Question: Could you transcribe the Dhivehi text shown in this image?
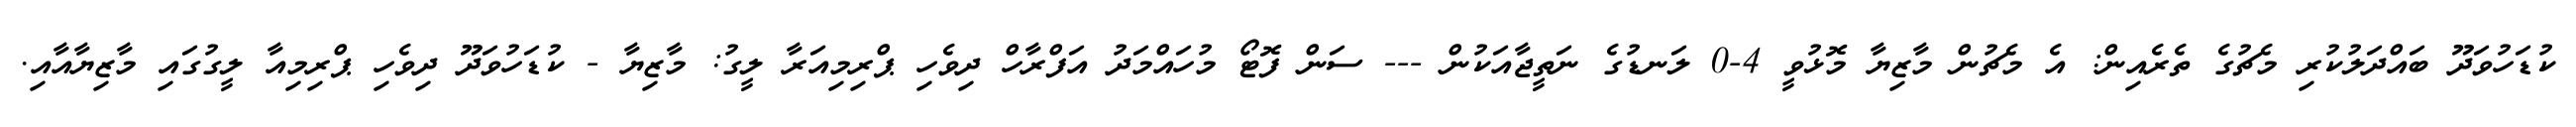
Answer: ކުޑަހުވަދޫ ބައްދަލުކުރި މެޗުގެ ތެރެއިން: އެ މެޗުން މާޒިޔާ މޮޅުވީ 4-0 ލަނޑުގެ ނަތީޖާއަކުން --- ސަން ފޮޓޯ މުހައްމަދު އަފްރާހް ދިވެހި ޕްރިމިއަރާ ލީގު: މާޒިޔާ - ކުޑަހުވަދޫ ދިވެހި ޕްރިމިއާ ލީގުގައި މާޒިޔާއާއި.